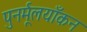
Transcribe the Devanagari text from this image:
पुनर्मूलयाँकन